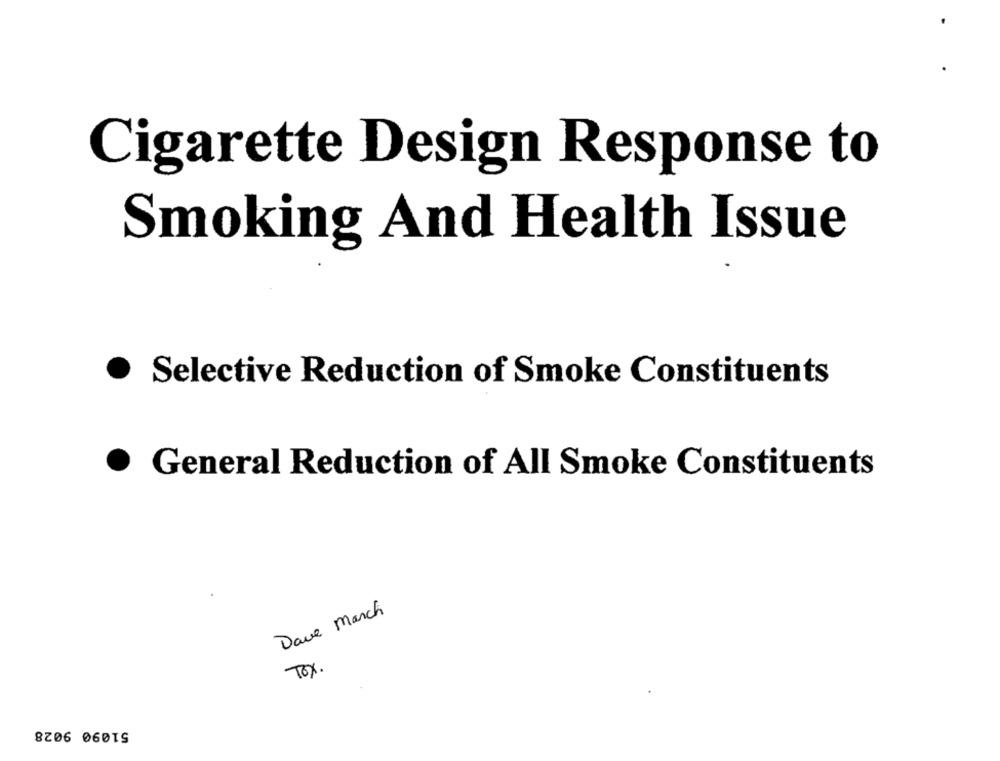
Cigarette Design Response to
Smoking And Health Issue
Selective Reduction of Smoke Constituents
.
.
General Reduction of All Smoke Constituents
Dave March
TOX.
51090 9028